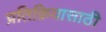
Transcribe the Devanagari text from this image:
प्रतिक्रियासाठी